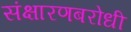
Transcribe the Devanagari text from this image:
संक्षारणबरोधी